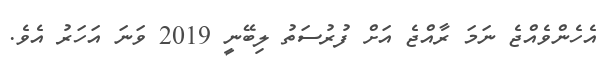
އެހެންވެއްޖެ ނަމަ ރާއްޖެ އަށް ފުރުސަތު ލިބޭނީ 2019 ވަނަ އަހަރު އެވެ.